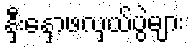
နှီးနှောဖလှယ်ပွဲများ